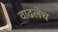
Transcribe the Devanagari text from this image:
वाढलेच